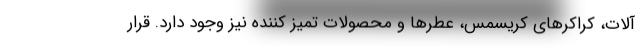
آلات، کراکرهای کریسمس، عطرها و محصولات تمیز کننده نیز وجود دارد. قرار